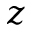
z